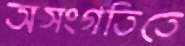
অসংগতিতে